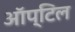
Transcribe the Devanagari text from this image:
ऑप्टिल